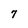
Character: 7